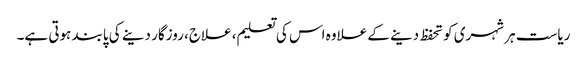
ریاست ہر شہری کو تحفظ دینے کے علاوہ اس کی تعلیم، علاج، روزگار دینے کی پابند ہوتی ہے۔